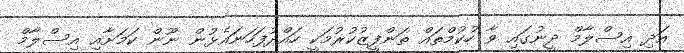
އަދި އިސްލާމް ދީނުގައި ވާ ހުކުމްތައް ތަންފީޒުކުރުމަކީ ހައްދުފަހަނައެޅުން ނޫން ކަމަށާއި އިސްލާމް